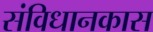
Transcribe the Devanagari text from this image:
संविधानकास